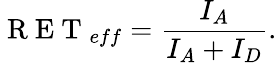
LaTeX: \mathrm{~R~E~T~}_{eff}=\frac{I_{A}}{I_{A}+I_{D}}.